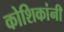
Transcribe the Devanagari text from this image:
कोशिकांनी